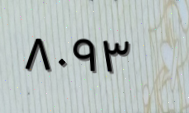
٨٠٩٣